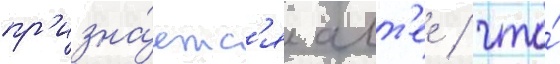
пр'изна́етс'я алт'ее / что́